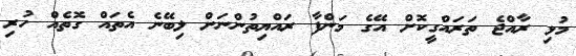
މުޅި ރާއްޖެ ތަރައްގީކޮށް އޭގެ މަންފާ ރައްޔިތުންނަށް ލިބޭނެ އެތައް ގޮތެއް ހުރި